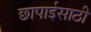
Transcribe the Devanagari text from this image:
छापाईसाठी